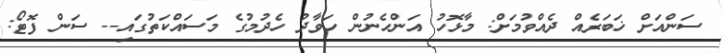
ސަންއަށް ޚަބަރެއް ދެއްވުމަށް: މާޅޮހު އަންހެނުން ހަވާދު ހެދުމުގެ މަސައްކަތުގައި-- ސަން ފޮޓޯ: